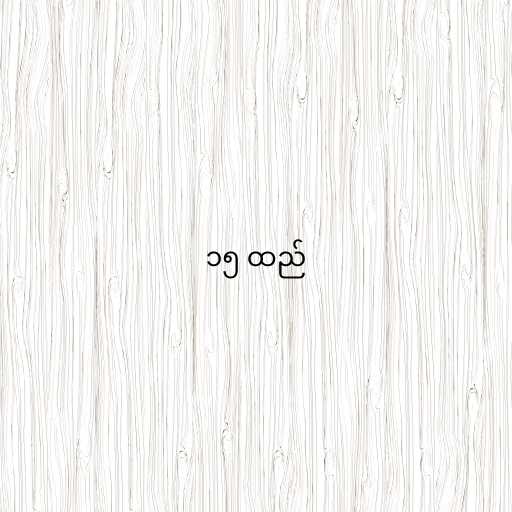
၁၅ ထည်